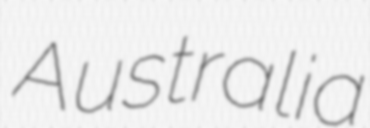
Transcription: Australia